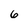
Character: 6